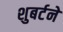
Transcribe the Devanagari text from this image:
शुबर्टने